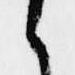
々